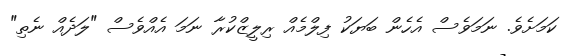
ކަމަށެވެ. ނަމަވެސް އެހެން ބަޔަކު ފިލްމެއް ރިލީޒްކުރާ ނަމަ އެއްވެސް "ލަދެއް ނެތި"